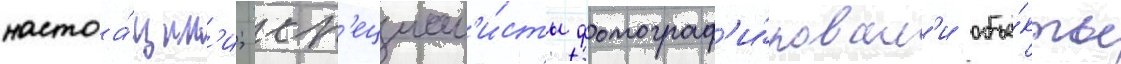
настоа́щим'и; сп'ециал'и́сты фотограф'и́ровал'и объе́кты